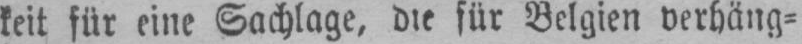
keit für eine Sachlage, die für Belgien verhäng⸗